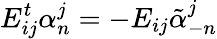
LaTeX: E_{ij}^{t}\alpha_{n}^{j}=-E_{ij}\tilde{\alpha}_{-n}^{j}